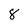
Character: 8